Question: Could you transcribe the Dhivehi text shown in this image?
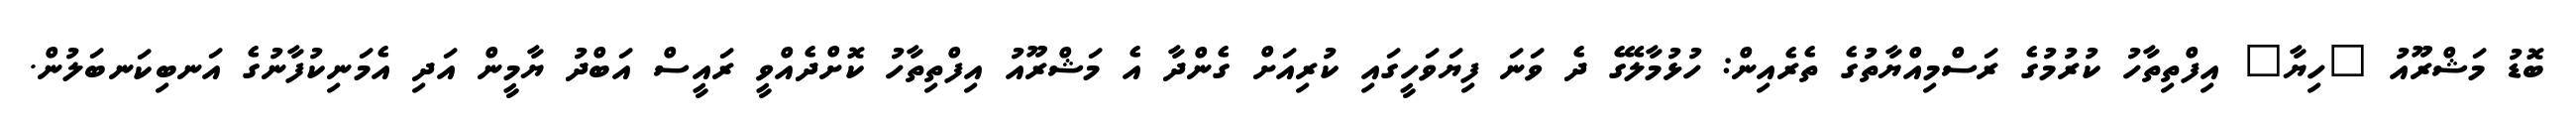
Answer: ބޮޑު މަޝްރޫއު "ހިޔާ" އިފްތިތާހު ކުރުމުގެ ރަސްމިއްޔާތުގެ ތެރެއިން: ހުޅުމާލޭގެ ދެ ވަނަ ފިޔަވަހީގައި ކުރިއަށް ގެންދާ އެ މަޝްރޫއު އިފްތިތާހު ކޮށްދެއްވީ ރައީސް އަބްދު ޔާމީން އަދި އެމަނިކުފާނުގެ އަނބިކަނބަލުން.